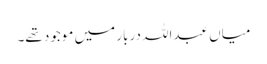
میاں عبداللہ دربار میں موجود تھے۔